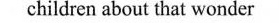
children about that wonder